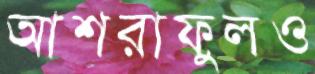
আশরাফুলও